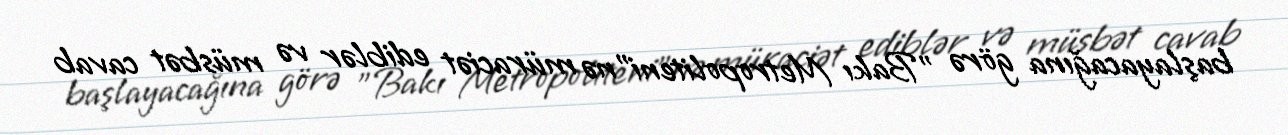
başlayacağına görə "Bakı Metropoliteni"nə müraciət ediblər və müsbət cavab